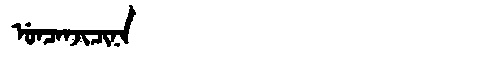
Manchu: ᡠᠨᠴᠠᠨᠵᡳᠴᡳᠨᠠ
Romanization: UNCANJICINA